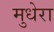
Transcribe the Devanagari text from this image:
मुधेरा